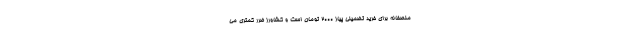
منصفانه برای خرید تضمینی پیاز ۲۰۰۰ تومان است و کشاورز ضرر کمتری می